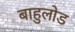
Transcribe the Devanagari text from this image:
बाहुलोड